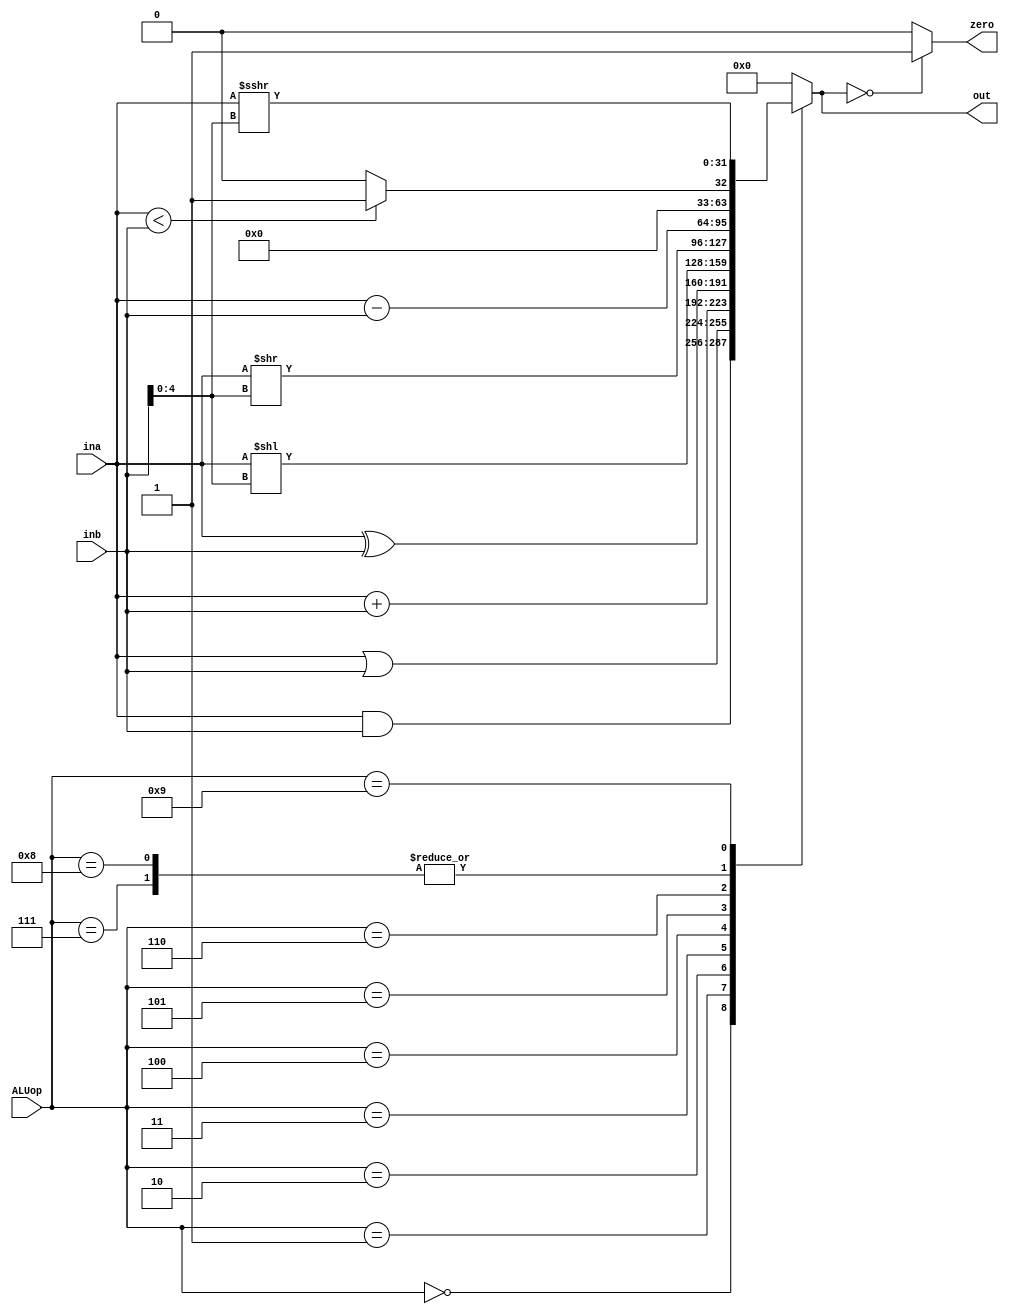
`timescale 1ns / 1ps
//////////////////////////////////////////////////////////////////////////////////
// Company: 
// Engineer: 
// 
// Design Name: 
// Module Name: ALU
// Project Name: 
// Target Devices: 
// Tool Versions: 
// Description: 
// 
// Dependencies: 
// 
// Revision:
// Revision 0.01 - File Created
// Additional Comments:
// 
//////////////////////////////////////////////////////////////////////////////////


module ALU(input [3:0] ALUop,       //ALUinput, selecteaza operatia
           input [31:0] ina,inb,    //operanzii care iau parte la operatie
           output zero,             //semnal ce verifica daca rezultatul = 0
           output reg [31:0] out);  //rezultatul
           
    always@(ALUop, ina, inb) begin 
        case(ALUop)
            4'b0000: out <= ina & inb;          //si
            4'b0001: out <= ina | inb;          //sau
            4'b0010: out <= ina + inb;          //adunare
            4'b0011: out <= ina ^ inb;          //xor
            4'b0100: out <= ina << inb[4:0];    //shift stanga
            4'b0101: out <= ina >> inb[4:0];    //shift dreapta
            4'b0110: out <= ina - inb;          //scadere
            4'b0111: out <= ($unsigned(ina) < $unsigned(inb)) ? 32'b1 : 32'b0; //comparatie < 
            4'b1000: out <= (ina < inb) ? 32'b1 : 32'b0;                       //comparatie <
            4'b1001: out <= ina >>> inb[4:0];   //shift dreapta aritmetic
            default: out <= 32'b0;
        endcase 
    end        
    
    assign zero = (out==32'b0)? 1'b1 : 1'b0;
endmodule